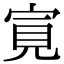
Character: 㝟